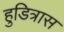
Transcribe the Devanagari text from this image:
हुडित्रास